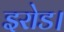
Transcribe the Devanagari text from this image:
इरोड।